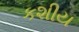
કશીય